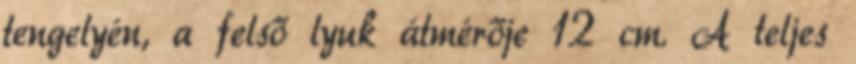
tengelyén, a felső lyuk átmérője 12 cm. A teljes